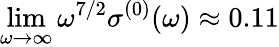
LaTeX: \operatorname*{lim}_{\omega\to\infty}\omega^{7/2}\sigma^{(0)}(\omega)\approx 0.11